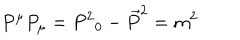
P ^ { \mu } P _ { \mu } = { P ^ { 2 } } _ { 0 } - { \overrightarrow { P } } ^ { 2 } = m ^ { 2 }